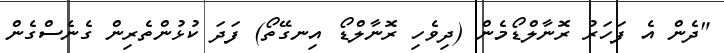
"ދެން އެ ފަހަރު ރޮނާލްޑޯމެން (ދިވެހި ރޮނާލްޑޯ އިނގޭތޯ) ފަދަ ކުޅުންތެރިން ގެނެސްގެން